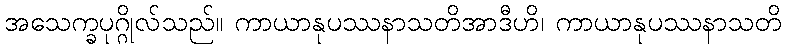
အသေက္ခပုဂ္ဂိုလ်သည်။ ကာယာနုပဿနာသတိအာဒီဟိ၊ ကာယာနုပဿနာသတိ